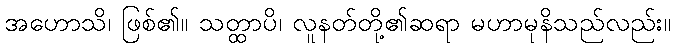
အဟောသိ၊ ဖြစ်၏။ သတ္ထာပိ၊ လူနတ်တို့၏ဆရာ မဟာမုနိသည်လည်း။